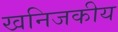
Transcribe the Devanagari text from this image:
खनिजकीय